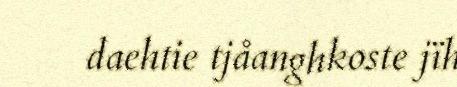
daehtie tjåanghkoste jïh